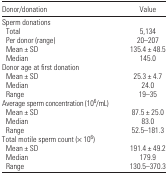
<table><thead><tr><td><b>Donor/donation</b></td><td><b>Value</b></td></tr></thead><tbody><tr><td colspan="2">Sperm donations</td></tr><tr><td> Total</td><td>5,134</td></tr><tr><td> Per donor (range)</td><td>20–207</td></tr><tr><td> Mean ± SD</td><td>135.4 ± 48.5</td></tr><tr><td> Median</td><td>145.0</td></tr><tr><td colspan="2">Donor age at first donation</td></tr><tr><td> Mean ± SD</td><td>25.3 ± 4.7</td></tr><tr><td> Median</td><td>24.0</td></tr><tr><td> Range</td><td>19–35</td></tr><tr><td colspan="2">Average sperm concentration (10<sup>6</sup>/mL)</td></tr><tr><td> Mean ± SD</td><td>87.5 ± 25.0</td></tr><tr><td> Median</td><td>83.0</td></tr><tr><td> Range</td><td>52.5–181.3</td></tr><tr><td colspan="2">Total motile sperm count (× 10<sup>6</sup>)</td></tr><tr><td> Mean ± SD</td><td>191.4 ± 49.2</td></tr><tr><td> Median</td><td>179.9</td></tr><tr><td> Range</td><td>130.5–370.3</td></tr></tbody></table>